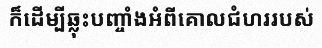
ក៏ដើម្បីឆ្លុះបញ្ចាំងអំពីគោលជំហររបស់